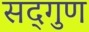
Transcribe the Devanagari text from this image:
सद्‌गुण